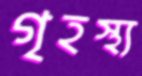
গৃহস্থ্য